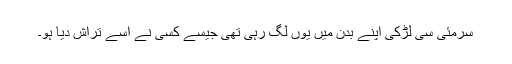
سرمئی سی لڑکی اپنے بدن میں یوں لگ رہی تھی جیسے کسی نے اسے تراش دیا ہو۔